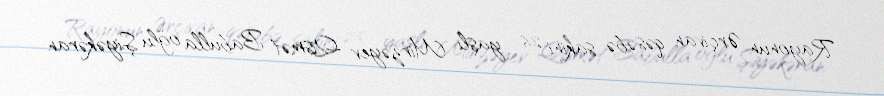
Rayonun Ərçivan qəsəbə sakini 26 yaşlı Mirzəyev Qismət Babulla oğlu Şiyəkəran